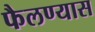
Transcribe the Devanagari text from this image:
फैलण्यास